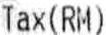
TAX(RM)